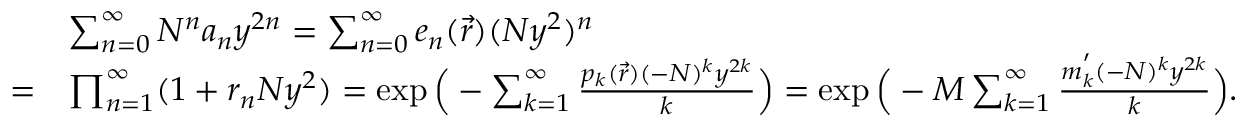
\begin{array} { r l } & { \sum _ { n = 0 } ^ { \infty } N ^ { n } a _ { n } y ^ { 2 n } = \sum _ { n = 0 } ^ { \infty } e _ { n } ( \Vec { r } ) ( N y ^ { 2 } ) ^ { n } } \\ { = } & { \prod _ { n = 1 } ^ { \infty } ( 1 + r _ { n } N y ^ { 2 } ) = \exp \Big ( - \sum _ { k = 1 } ^ { \infty } \frac { p _ { k } ( \Vec { r } ) ( - N ) ^ { k } y ^ { 2 k } } { k } \Big ) = \exp \Big ( - M \sum _ { k = 1 } ^ { \infty } \frac { m _ { k } ^ { ' } ( - N ) ^ { k } y ^ { 2 k } } { k } \Big ) . } \end{array}